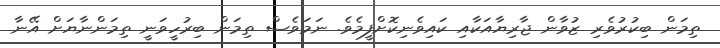
ތިމަން ބިކުރުވެރި ޒުވާން ޖާރިޔާއަކާއި ކައިވެނިކޮށްފީމެވެ. ނަމަވެސް ތިމަން ބިރުހީވަނީ ތިމަންނާޔަށް އޭނާ